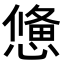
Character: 𢢑